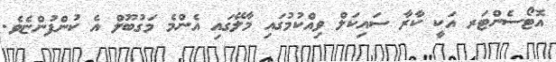
އޮޓޯސެންޓަރ އަކީ ކާރާ ސައިކަލް ވިއްކުމުގައި މާލޭގައި އެންމެ މަގުބޫލް އެ ކުންފުންޏެވެ.